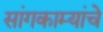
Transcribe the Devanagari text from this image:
सांगकाम्यांचे